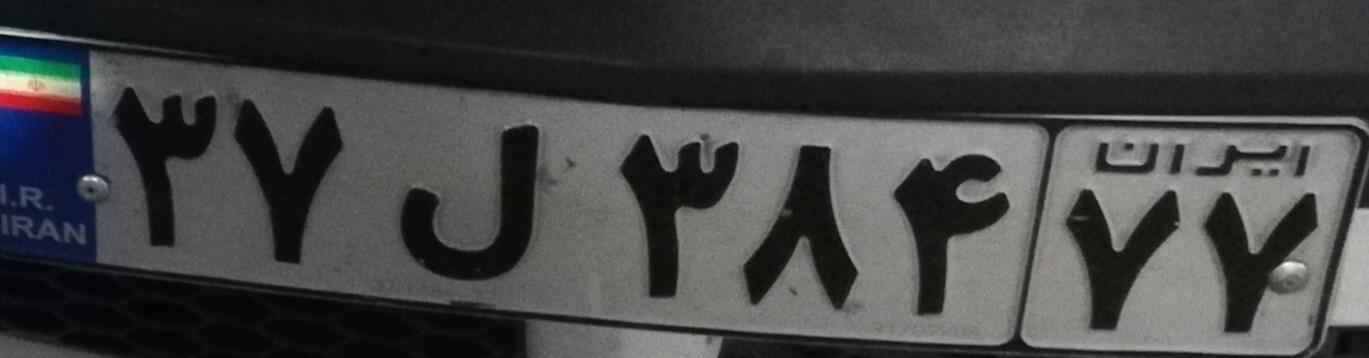
۳۷ل۳۸۴۷۷